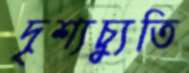
দৃশ্যচ্যুতি